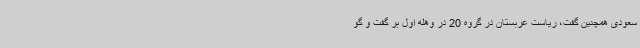
سعودی همچنین گفت، ریاست عربستان در گروه 20 در وهله اول بر گفت و گو